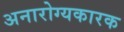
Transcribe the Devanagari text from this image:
अनारोग्यकारक